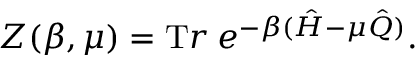
Z ( \beta , \mu ) = { \mathrm T r } \: e ^ { - \beta ( \hat { H } - \mu \hat { Q } ) } .